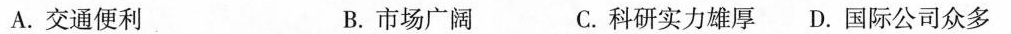
A.交通便利 B.市场广阔 C.科研实力雄厚 D.国际公司众多